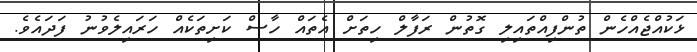
ޅަކުއްޖެއްހެން ތުންފިއްތައިލި ގޮތުން ރަފާލް ހިތަށް އެތައް ހާސް ކަށިތަކެއް ހަރައިލެވުނު ފަދައެވެ.